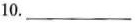
10.___